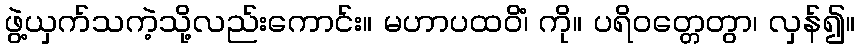
ဖွဲ့ယှက်သကဲ့သို့လည်းကောင်း။ မဟာပထဝိံ၊ ကို။ ပရိဝတ္တေတွာ၊ လှန်၍။